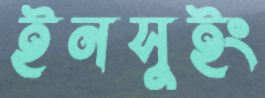
ইনসুইং